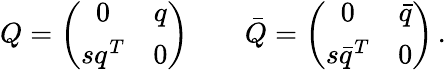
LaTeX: Q=\left(\begin{array}{cc}{{0}}&{{q}}\\ {{sq^{T}}}&{{0}}\end{array}\right)\qquad\bar{Q}=\left(\begin{array}{cc}{{0}}&{{\bar{q}}}\\ {{s\bar{q}^{T}}}&{{0}}\end{array}\right)\, .